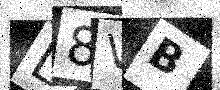
Text: L8VB